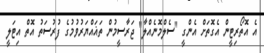
އެ އޮތޯރިޓީން އެގޮތަށް އެންގީ "ސެލްމޮނެއްލާ" ޖަރާސީމުން ތަޣައްޔަރުވުމުގެ ފުރުސަތު އޮތް އިޓަލީ